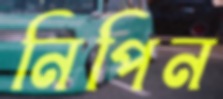
নিপিন